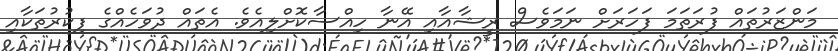
މަންޒަރުތައް ފުރަތަމަ ފަހަރަށް ނަމަވެސް ރީޝާއާއި އޭނާ ހިއްސާކޮށްލިއެވެ. އެތައް ދުވަހެއްގެ ފިކުރުތަކާއި